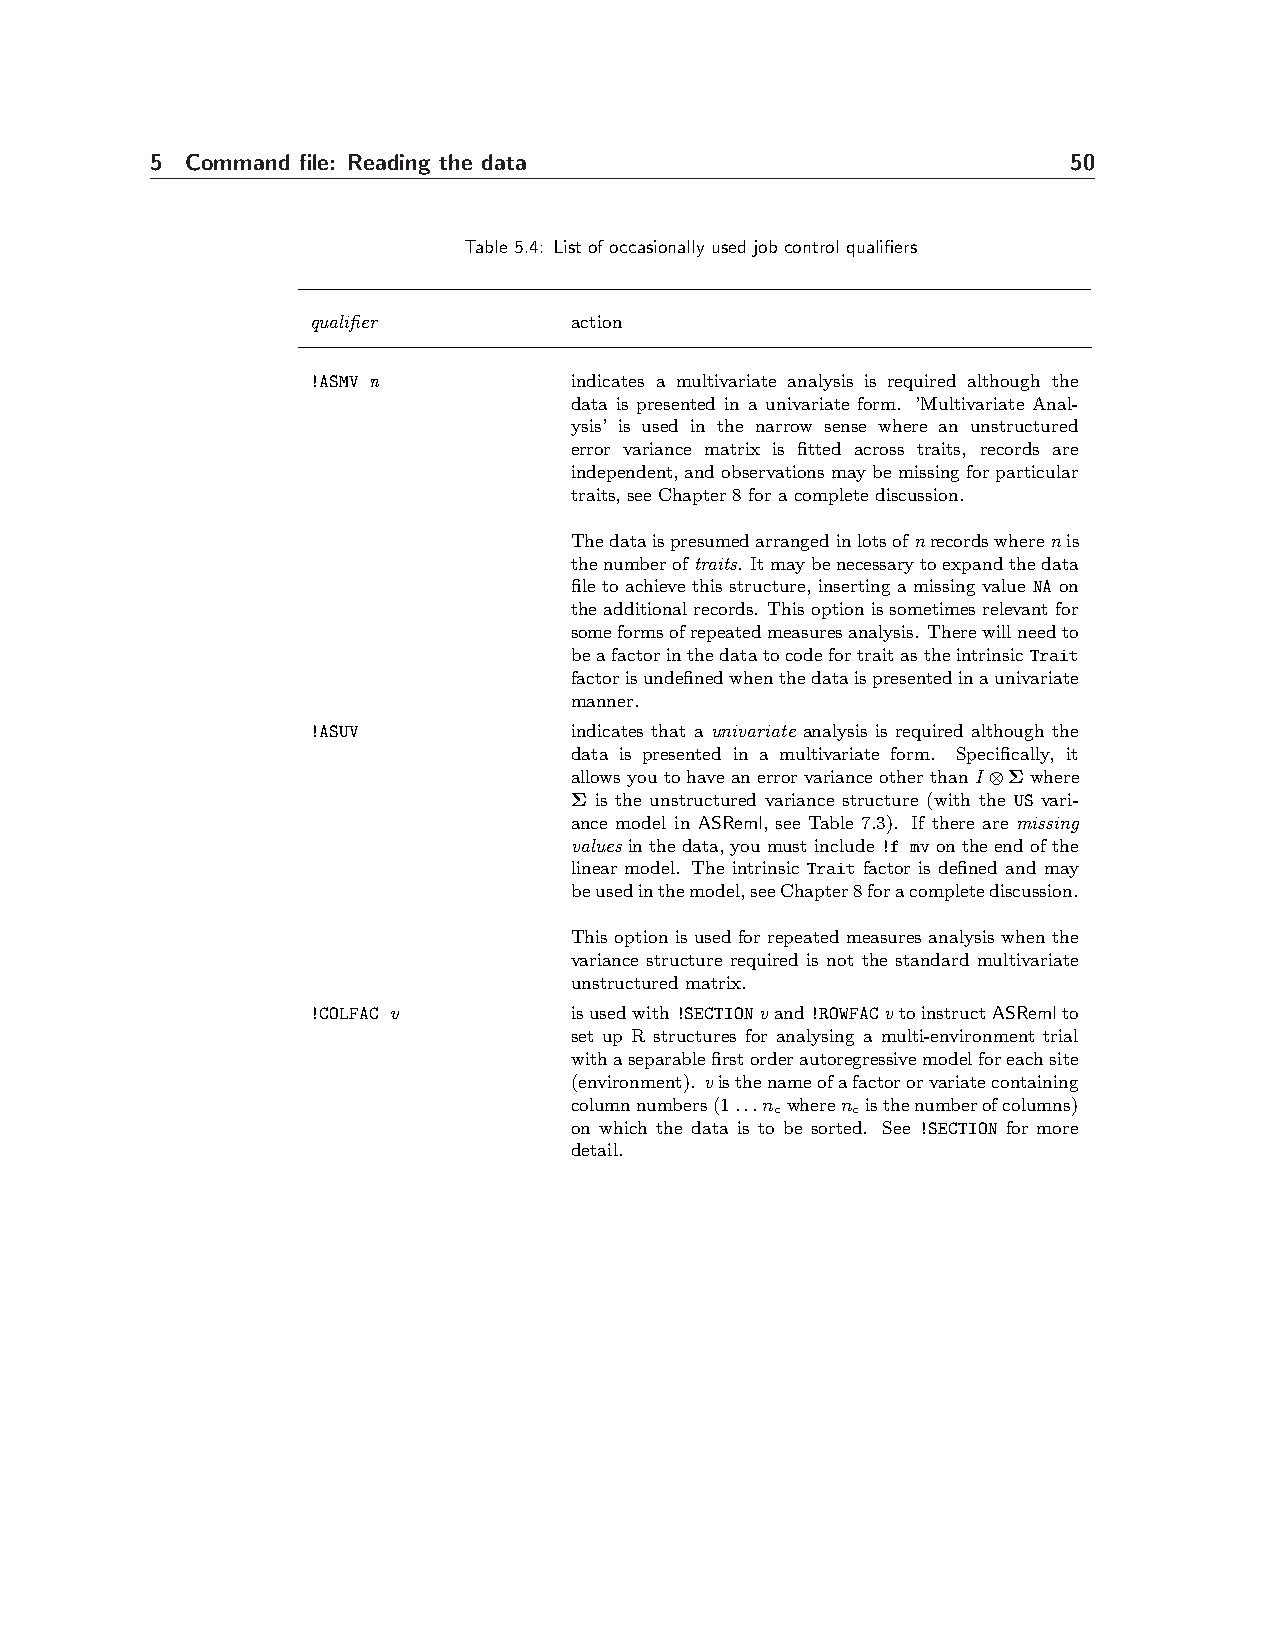
5 Command file: Reading the data                             50
 Table 5.4: List of occasionally used job control qualifiers
 qualifier        action
 !ASMV n          indicates a multivariate analysis is required although the
 data is presented in a univariate form. ’Multivariate Anal-
 ysis’ is used in the narrow sense where an unstructured
 error variance matrix is fitted across traits, records are
 independent, andobservationsmaybe missingfor particular
 traits, see Chapter 8 for a complete discussion.
 Thedataispresumedarrangedinlotsofnrecordswherenis
 thenumberoftraits. Itmaybenecessarytoexpandthedata
 file to achieve this structure, inserting a missing value NA on
 theadditionalrecords. This optionis sometimesrelevantfor
 someformsofrepeatedmeasuresanalysis. Therewillneedto
 beafactorinthedatatocodefortraitastheintrinsicTrait
 factorisundefinedwhenthedataispresentedinaunivariate
 manner.
 !ASUV            indicates that a univariate analysis is required although the
 data is presented in a multivariate form. Specifically, it
 allowsyoutohavean error varianceother than I⊗Σ where
 Σ is the unstructured variance structure (with the US vari-
 ance model in ASReml, see Table 7.3). If there are missing
 valuesinthedata,youmustinclude!f mvontheendofthe
 linear model. The intrinsic Trait factor is defined and may
 beusedinthemodel,seeChapter8foracompletediscussion.
 This option is used for repeated measures analysis when the
 variance structure required is not the standard multivariate
 unstructured matrix.
 !COLFAC v        isusedwith!SECTIONvand!ROWFACvtoinstructASRemlto
 set up R structures for analysing a multi-environment trial
 withaseparablefirstorderautoregressivemodelforeachsite
 (environment). visthenameofafactororvariatecontaining
 columnnumbers(1...n wheren isthenumberofcolumns)
 c    c
 on which the data is to be sorted. See !SECTION for more
 detail.